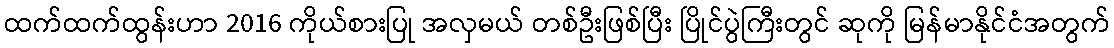
ထက်ထက်ထွန်းဟာ 2016 ကိုယ်စားပြု အလှမယ် တစ်ဦးဖြစ်ပြီး ပြိုင်ပွဲကြီးတွင် ဆုကို မြန်မာနိုင်ငံအတွက်